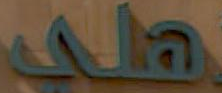
Wa